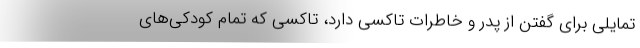
تمايلي براي گفتن از پدر و خاطرات تاكسي دارد، تاكسي كه تمام كودكي‌هاي